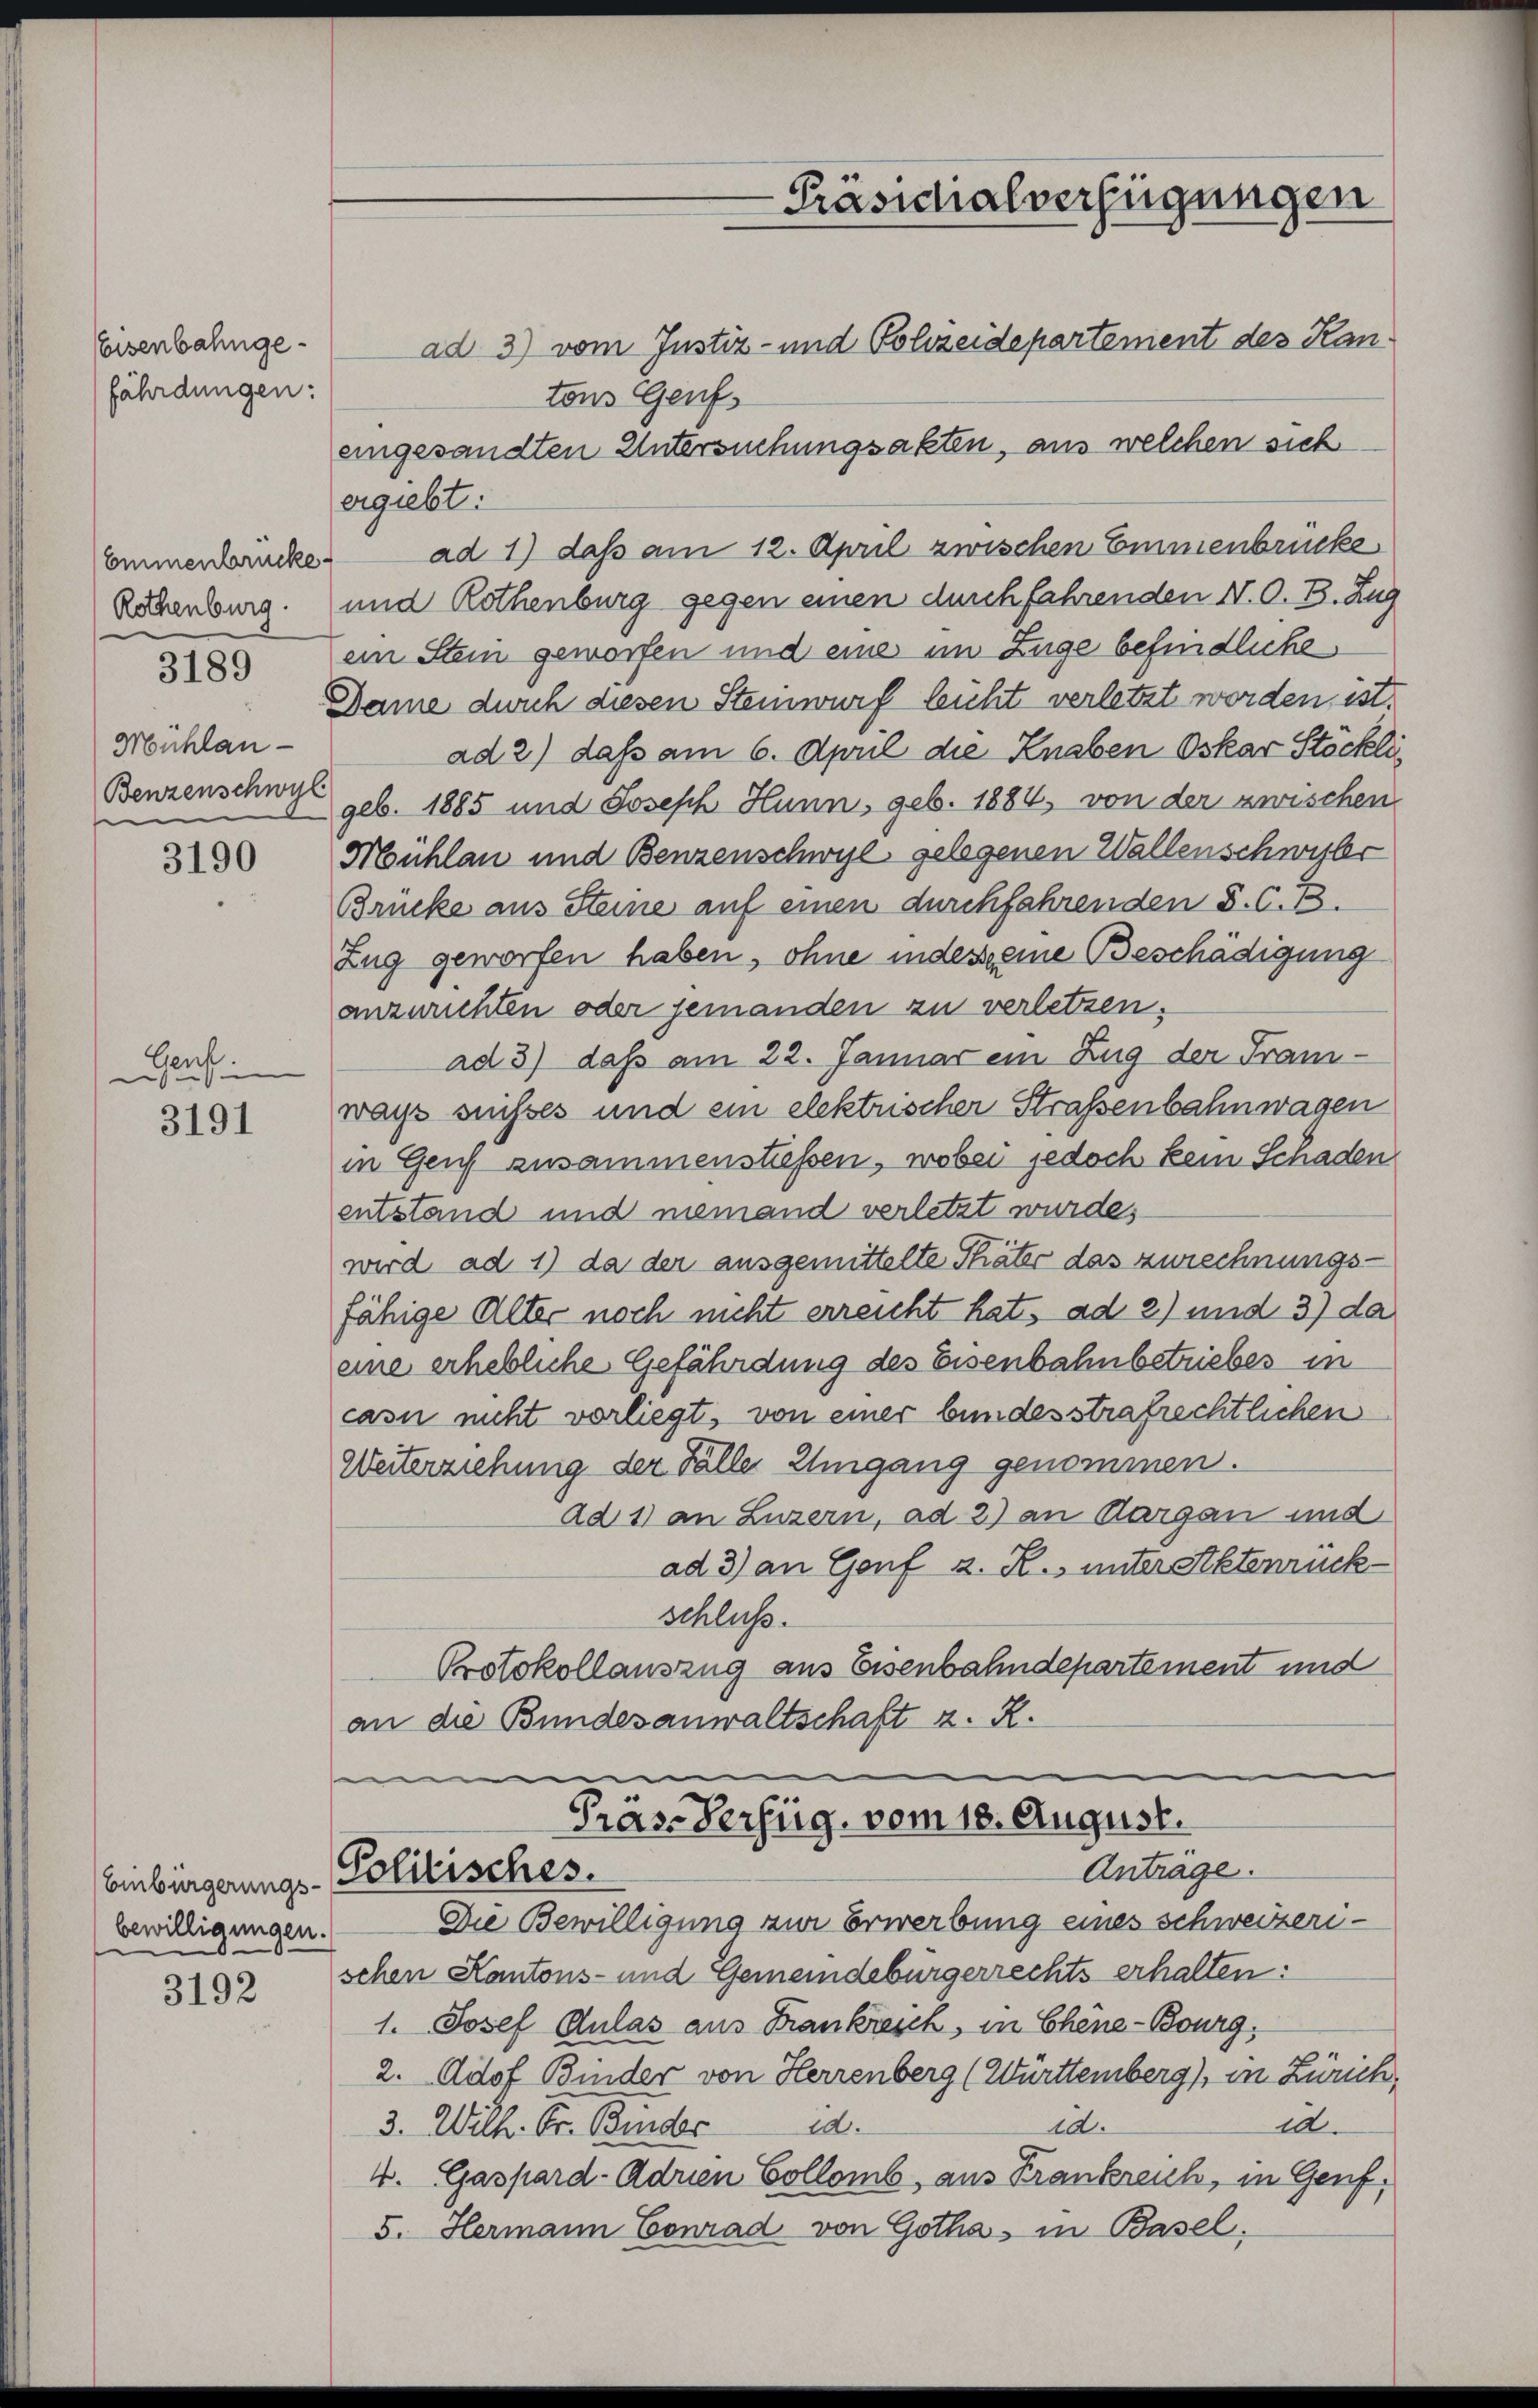
Eisenbahngefährdungen:

Emmenbrücke
Rothenburg.

3189

Mühlau -
Benzenschwyl
e

3190

Genht.
.

3191

bewilligungen.

3192

tons Genf
eingesandten Untersuchungsakten, aus welchen sich
ergiebt:
ad 1) daß am 12. April zwischen Emmenbrücke
und Rothenburg gegen einen durchfahrenden N. O. B. Zug
ein Stein geworfen und eine im Zuge befindliche
Dame durch diesen Steinwurf leicht verletzt worden ist.
ad 2) daß am 6. April die Knaben Oskar Stöckli
geb. 1885 und Joseph Hunn, geb. 1884, von der zwischen
Mühlau und Benzenschwyl gelegenen Wallenschweber
Brücke aus Steine auf einen durchfahrenden S. C. 13.
Zug geworfen haben, ohne indesseine Beschädigung
anzurichten oder jemanden zu verletzen.
ad 3) daß am 22. Januar ein Zug der Franz-
wass ausses und ein elektrischer Strassenbahnwagen
in Genf zusammenstiessen, wobei jedoch kein Schaden
entstand und niemand verletzt wurde,
wird ad 1) da der ausgemittelte Thäter das zurechnungsfähige Alter noch nicht erreicht hat, ad 2) und 3) da
eine erhebliche Gefährdung des Eisenbahnbetriebes in
casu nicht vorliegt, von einer bundesstrafrechtlichen
Weiterziehung der Falle Umgang genommen.
Ad 1) an Luzern, ad 2.) an Aargau und
ad 3) an Genf z. R. unter Aktenrück-
schluss.
Protokollauszug aus Eisenbahndepartement und
an die Bundesanwaltschaft z. R.

-Präsidialverfügungen
ad 3) vom Justiz- und Polizeidepartement des Kan¬

u
e
Pras-Verfüg, vom 18. August.
Anträge.
Einbürgerungs-Politisches.

Die Bewilligung zur Erwerbung eines schweizerischen Kantons- und Gemeindebürgerrechts erhalten:
1. Josef Gulas aus Frankreich, in Chine-Bourg,
2.Adof Binder von Herrenberg (Württemberg), in Zürich,
10.
id.
10.
3. Wilh. Fr. Binder
4. Gaspard-Adrien Collomb, aus Frankreich, in Genf,
5. Hermann Conrad von Gotha, in Basel,